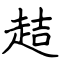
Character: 趌